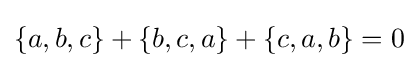
\{a,b,c\}+\{b,c,a\}+\{c,a,b\}=0